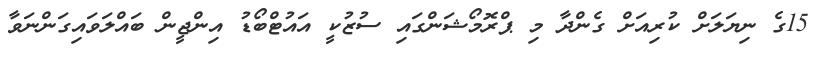
15ގެ ނިޔަލަށް ކުރިއަށް ގެންދާ މި ޕްރޮމޯޝަންގައި ސުޒުކީ އައުޓްބޯޑު އިންޖީން ބައްލަވައިގަންނަވާ